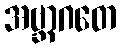
အဗ္ဘာဂတေ